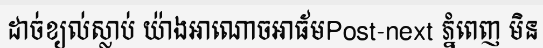
ដាច់ខ្យល់ស្លាប់ យ៉ាងអាណោចអាធ័មPost-next ភ្នំពេញ មិន